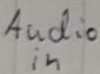
Text: Audio in